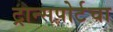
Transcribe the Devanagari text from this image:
ट्रान्सपोर्टचा